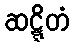
ဆဋ္ဋိတံ